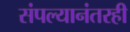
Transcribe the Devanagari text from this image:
संपल्यानंतरही